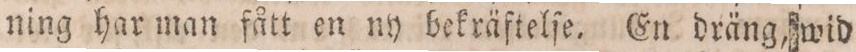
ning har man fått en ny bekräftelſe. En dräng, wid